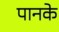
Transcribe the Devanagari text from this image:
पानके